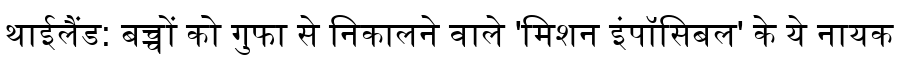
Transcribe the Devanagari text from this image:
थाईलैंड: बच्चों को गुफा से निकालने वाले 'मिशन इंपॉसिबल' के ये नायक